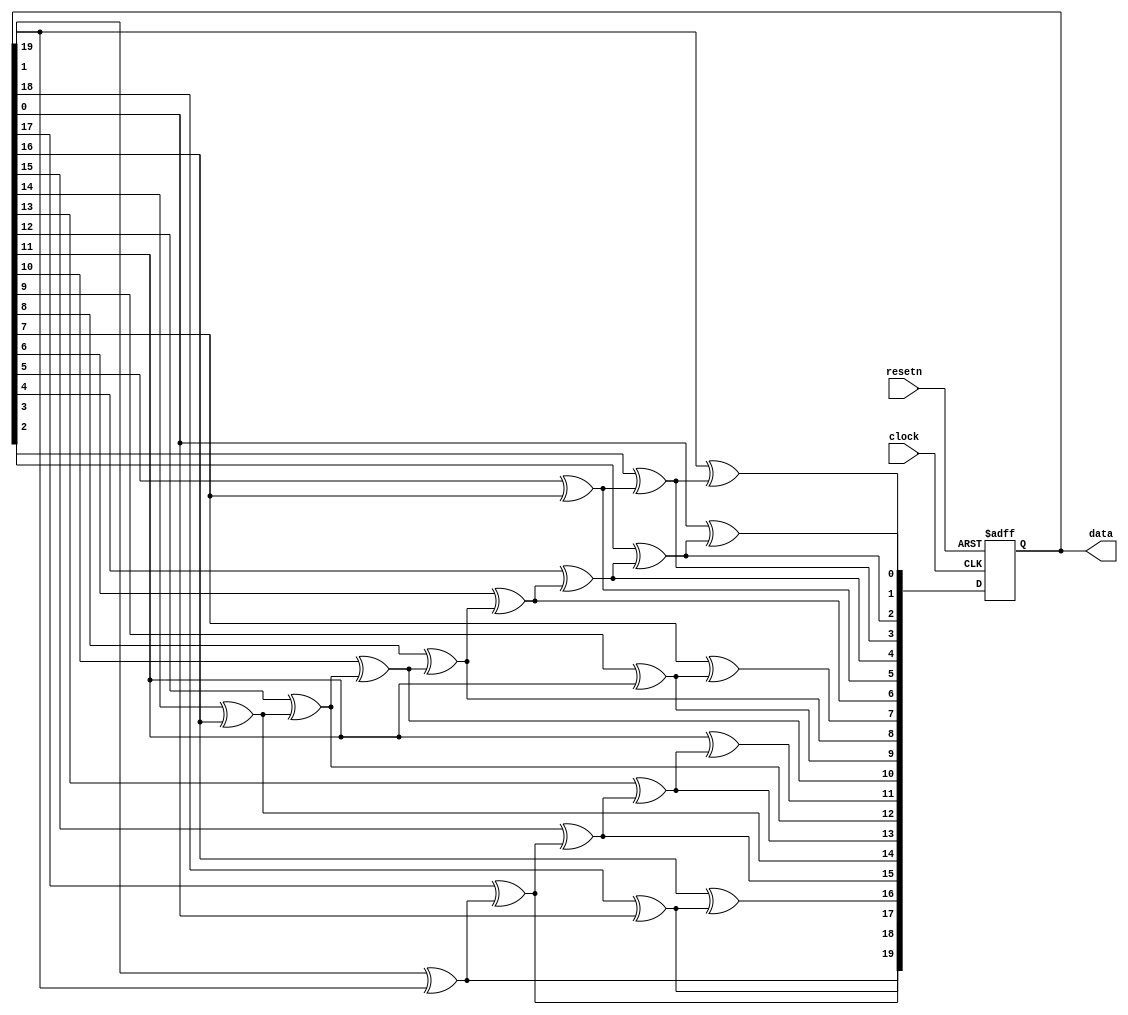
//taken from https://stackoverflow.com/questions/14497877/how-to-implement-a-pseudo-hardware-random-number-generator
module random20BitNumber(clock, resetn, data);
	input clock;
	input resetn;
	output reg [19:0] data;
	
	reg[19:0]data_next;
	
	always@(*)
		begin		
			data_next[19] = data[19]^data[1];
			data_next[18] = data[18]^data[0];
			data_next[17] = data[17]^data_next[19];
			data_next[16] = data[16]^data_next[18];
			data_next[15] = data[15]^data_next[17];
			data_next[14] = data[14]^data[16];
			data_next[13] = data[13]^data_next[15];
			data_next[12] = data[12]^data_next[14];
			data_next[11] = data[11]^data_next[13];
			data_next[10] = data[10]^data_next[12];
			data_next[9] = data[9]^data[11];
			data_next[8] = data[8]^data_next[10];
			data_next[7] = data[7]^data_next[9];
			data_next[6] = data[6]^data_next[8];
			data_next[5] = data[5]^data[7];
			data_next[4] = data[4]^data_next[6];
			data_next[3] = data[3]^data_next[5];
			data_next[2] = data[2]^data_next[4];
			data_next[1] = data[1]^data_next[3];
			data_next[0] = data[0]^data_next[2];
		end
		
	always@(posedge clock or negedge resetn)
		begin
			if(!resetn)
				data <= 20'h1f;
			else
				data <= data_next;
		end
endmodule

module sequenceConverter(inSequence, outSequence);
	input [19:0]inSequence;
	output reg [39:0]outSequence;
	
	always@(*)
		begin
		//first
			if(inSequence[1:0] == 2'd0)
				outSequence[3:0] = 4'b0001;
			else if(inSequence[1:0] == 2'd1)
				outSequence[3:0] = 4'b0010;
			else if(inSequence[1:0] == 2'd2)
				outSequence[3:0] = 4'b0100;
			else if(inSequence[1:0] == 2'd3)
				outSequence[3:0] = 4'b1000;
		//second
			if(inSequence[3:2] == 2'd0)
				outSequence[7:4] = 4'b0001;
			else if(inSequence[3:2] == 2'd1)
				outSequence[7:4] = 4'b0010;
			else if(inSequence[3:2] == 2'd2)
				outSequence[7:4] = 4'b0100;
			else if(inSequence[3:2] == 2'd3)
				outSequence[7:4] = 4'b1000;
		//third
			if(inSequence[5:4] == 2'd0)
				outSequence[11:8] = 4'b0001;
			else if(inSequence[5:4] == 2'd1)
				outSequence[11:8] = 4'b0010;
			else if(inSequence[5:4] == 2'd2)
				outSequence[11:8] = 4'b0100;
			else if(inSequence[5:4] == 2'd3)
				outSequence[11:8] = 4'b1000;
		//fourth
			if(inSequence[7:6] == 2'd0)
				outSequence[15:12] = 4'b0001;
			else if(inSequence[7:6] == 2'd1)
				outSequence[15:12] = 4'b0010;
			else if(inSequence[7:6] == 2'd2)
				outSequence[15:12] = 4'b0100;
			else if(inSequence[7:6] == 2'd3)
				outSequence[15:12] = 4'b1000;
		//fifth
			if(inSequence[9:8] == 2'd0)
				outSequence[19:16] = 4'b0001;
			else if(inSequence[9:8] == 2'd1)
				outSequence[19:16] = 4'b0010;
			else if(inSequence[9:8] == 2'd2)
				outSequence[19:16] = 4'b0100;
			else if(inSequence[9:8] == 2'd3)
				outSequence[19:16] = 4'b1000;
		//sixth
			if(inSequence[11:10] == 2'd0)
				outSequence[23:20] = 4'b0001;
			else if(inSequence[11:10] == 2'd1)
				outSequence[23:20] = 4'b0010;
			else if(inSequence[11:10] == 2'd2)
				outSequence[23:20] = 4'b0100;
			else if(inSequence[11:10] == 2'd3)
				outSequence[23:20] = 4'b1000;
		//seventh
			if(inSequence[13:12] == 2'd0)
				outSequence[27:24] = 4'b0001;
			else if(inSequence[13:12] == 2'd1)
				outSequence[27:24] = 4'b0010;
			else if(inSequence[13:12] == 2'd2)
				outSequence[27:24] = 4'b0100;
			else if(inSequence[13:12] == 2'd3)
				outSequence[27:24] = 4'b1000;
		//eigth
			if(inSequence[15:14] == 2'd0)
				outSequence[31:28] = 4'b0001;
			else if(inSequence[15:14] == 2'd1)
				outSequence[31:28] = 4'b0010;
			else if(inSequence[15:14] == 2'd2)
				outSequence[31:28] = 4'b0100;
			else if(inSequence[15:14] == 2'd3)
				outSequence[31:28] = 4'b1000;
		//ninth
			if(inSequence[17:16] == 2'd0)
				outSequence[35:32] = 4'b0001;
			else if(inSequence[17:16] == 2'd1)
				outSequence[35:32] = 4'b0010;
			else if(inSequence[17:16] == 2'd2)
				outSequence[35:32] = 4'b0100;
			else if(inSequence[17:16] == 2'd3)
				outSequence[35:32] = 4'b1000;
		//tenth
			if(inSequence[19:18] == 2'd0)
				outSequence[39:36] = 4'b0001;
			else if(inSequence[19:18] == 2'd1)
				outSequence[39:36] = 4'b0010;
			else if(inSequence[19:18] == 2'd2)
				outSequence[39:36] = 4'b0100;
			else if(inSequence[19:18] == 2'd3)
				outSequence[39:36] = 4'b1000;
		end
	 
endmodule	



module rateDivider(enable, CLOCK_50);
	output enable;
	input CLOCK_50;
	reg [25:0] q;
	
	always @(posedge CLOCK_50) 
	begin
		if (q == 26'd833333) 
			q <= 0;
		else
			q <= q + 1; 
	end
	assign enable = (q == 26'b0)?1:0;

endmodule

module count64(enable, CLOCK_50);
	output enable;
	input CLOCK_50;
	reg [5:0] q;
	
	always @(posedge CLOCK_50) 
	begin
		if (q == 6'd63) 
			q <= 0;
		else
			q <= q + 1; 
	end
	assign enable = (q == 6'b0)?1:0;

endmodule

module count19200(enable, CLOCK_50);
	output enable;
	input CLOCK_50;
	reg [14:0] q;
	
	always @(posedge CLOCK_50) 
	begin
		if (q == 15'd19) 
			q <= 0;
		else
			q <= q + 1; 
	end
	assign enable = (q == 15'b0)?1:0;

endmodule

module rate05hzDivider(enable, CLOCK_50);
	output enable;
	input CLOCK_50;
	reg [26:0] q;
	
	always @(posedge CLOCK_50) 
	begin
		if (q == 2*50000000-1) 
			q <= 0;
		else
			q <= q + 1; 
	end
	assign enable = (q == 27'b0)?1:0;

endmodule

module frameCounter(enable, CLOCK_50);
	output enable;
	input CLOCK_50;
	reg [3:0] q;
	
	always @(posedge CLOCK_50) 
	begin
		if (q == 4'b1111) 
			q <= 0;
		else
			q <= q + 1; 
	end
	assign enable = (q == 0)?1:0;

endmodule

module rate1hzDivider(enable, CLOCK_50);
	output enable;
	input CLOCK_50;
	reg [25:0] q;
	
	always @(posedge CLOCK_50) 
	begin
		if (q == 50000000-1) 
			q <= 0;
		else
			q <= q + 1; 
	end
	assign enable = (q == 26'b0)?1:0;

endmodule

module hexconverter(in, out);
	input [3:0]in;
	output [6:0]out;
	
	reg [6:0]out;
	always @(*)
	
	begin
		case(in[3:0])
		4'b0000: out = 7'b1000000;
		4'b0001: out = 7'b1111001;
		4'b0010: out = 7'b0100100;
		4'b0011: out = 7'b0110000;
		4'b0100: out = 7'b0011001;
		4'b0101: out = 7'b0010010;
		4'b0110: out = 7'b0000010;
		4'b0111: out = 7'b1111000;
		4'b1000: out = 7'b0000000;
		4'b1001: out = 7'b0010000;
		4'b1010: out = 7'b0001000;
		4'b1011: out = 7'b0000011;
		4'b1100: out = 7'b1000110;
		4'b1101: out = 7'b0100001;
		4'b1110: out = 7'b0000110;
		4'b1111: out = 7'b0001110;
		default: out = 7'b0000000;
		endcase
	end
	
endmodule


module cursorQuarterEncoder(cursorX, cursorY, CLOCK_50, quarterSelected);
	input [7:0]cursorX;
	input [6:0]cursorY;
	input CLOCK_50;
	output reg [3:0]quarterSelected;
	
	always@(*)
		begin
			if(cursorX < 8'd80 && cursorY < 7'd60)
				begin
					quarterSelected = 4'b0001;
				end
			else if(cursorX > 8'd80 && cursorY < 7'd60)
				begin
					quarterSelected = 4'b0010;
				end
			else if(cursorX < 8'd80 && cursorY > 7'd60)
				begin
					quarterSelected = 4'b0100;
				end
			else if(cursorX > 8'd80 && cursorY > 7'd60)
				begin
					quarterSelected = 4'b1000;
				end
		end
	
endmodule